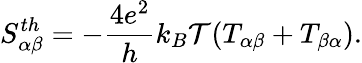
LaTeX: {S_{\alpha\beta}^{th}=-\frac{4e^{2}}{h}k_{B}\mathcal{T}(T_{\alpha\beta}+T_{\beta\alpha})}.